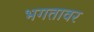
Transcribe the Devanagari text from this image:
भगतावर